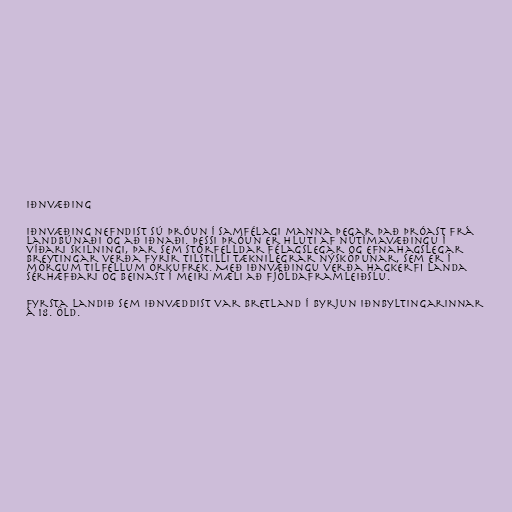
Iðnvæðing

Iðnvæðing nefndist sú þróun í samfélagi manna þegar það þróast frá
landbúnaði og að iðnaði. Þessi þróun er hluti af nútímavæðingu í
víðari skilningi, þar sem stórfelldar félagslegar og efnahagslegar
breytingar verða fyrir tilstilli tæknilegrar nýsköpunar, sem er í
mörgum tilfellum orkufrek. Með iðnvæðingu verða hagkerfi landa
sérhæfðari og beinast í meiri mæli að fjöldaframleiðslu.

Fyrsta landið sem iðnvæddist var Bretland í byrjun Iðnbyltingarinnar
á 18. öld.